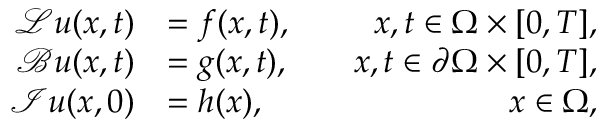
\begin{array} { r l r } { \mathcal { L } \boldsymbol { u } ( \boldsymbol { x } , t ) } & { = \boldsymbol { f } ( \boldsymbol { x } , t ) , } & { \quad \boldsymbol { x } , t \in \Omega \times [ 0 , T ] , } \\ { \mathcal { B } \boldsymbol { u } ( \boldsymbol { x } , t ) } & { = \boldsymbol { g } ( \boldsymbol { x } , t ) , } & { \quad \boldsymbol { x } , t \in \partial \Omega \times [ 0 , T ] , } \\ { \mathcal { I } \boldsymbol { u } ( \boldsymbol { x } , 0 ) } & { = \boldsymbol { h } ( \boldsymbol { x } ) , } & { \quad \boldsymbol { x } \in \Omega , } \end{array}